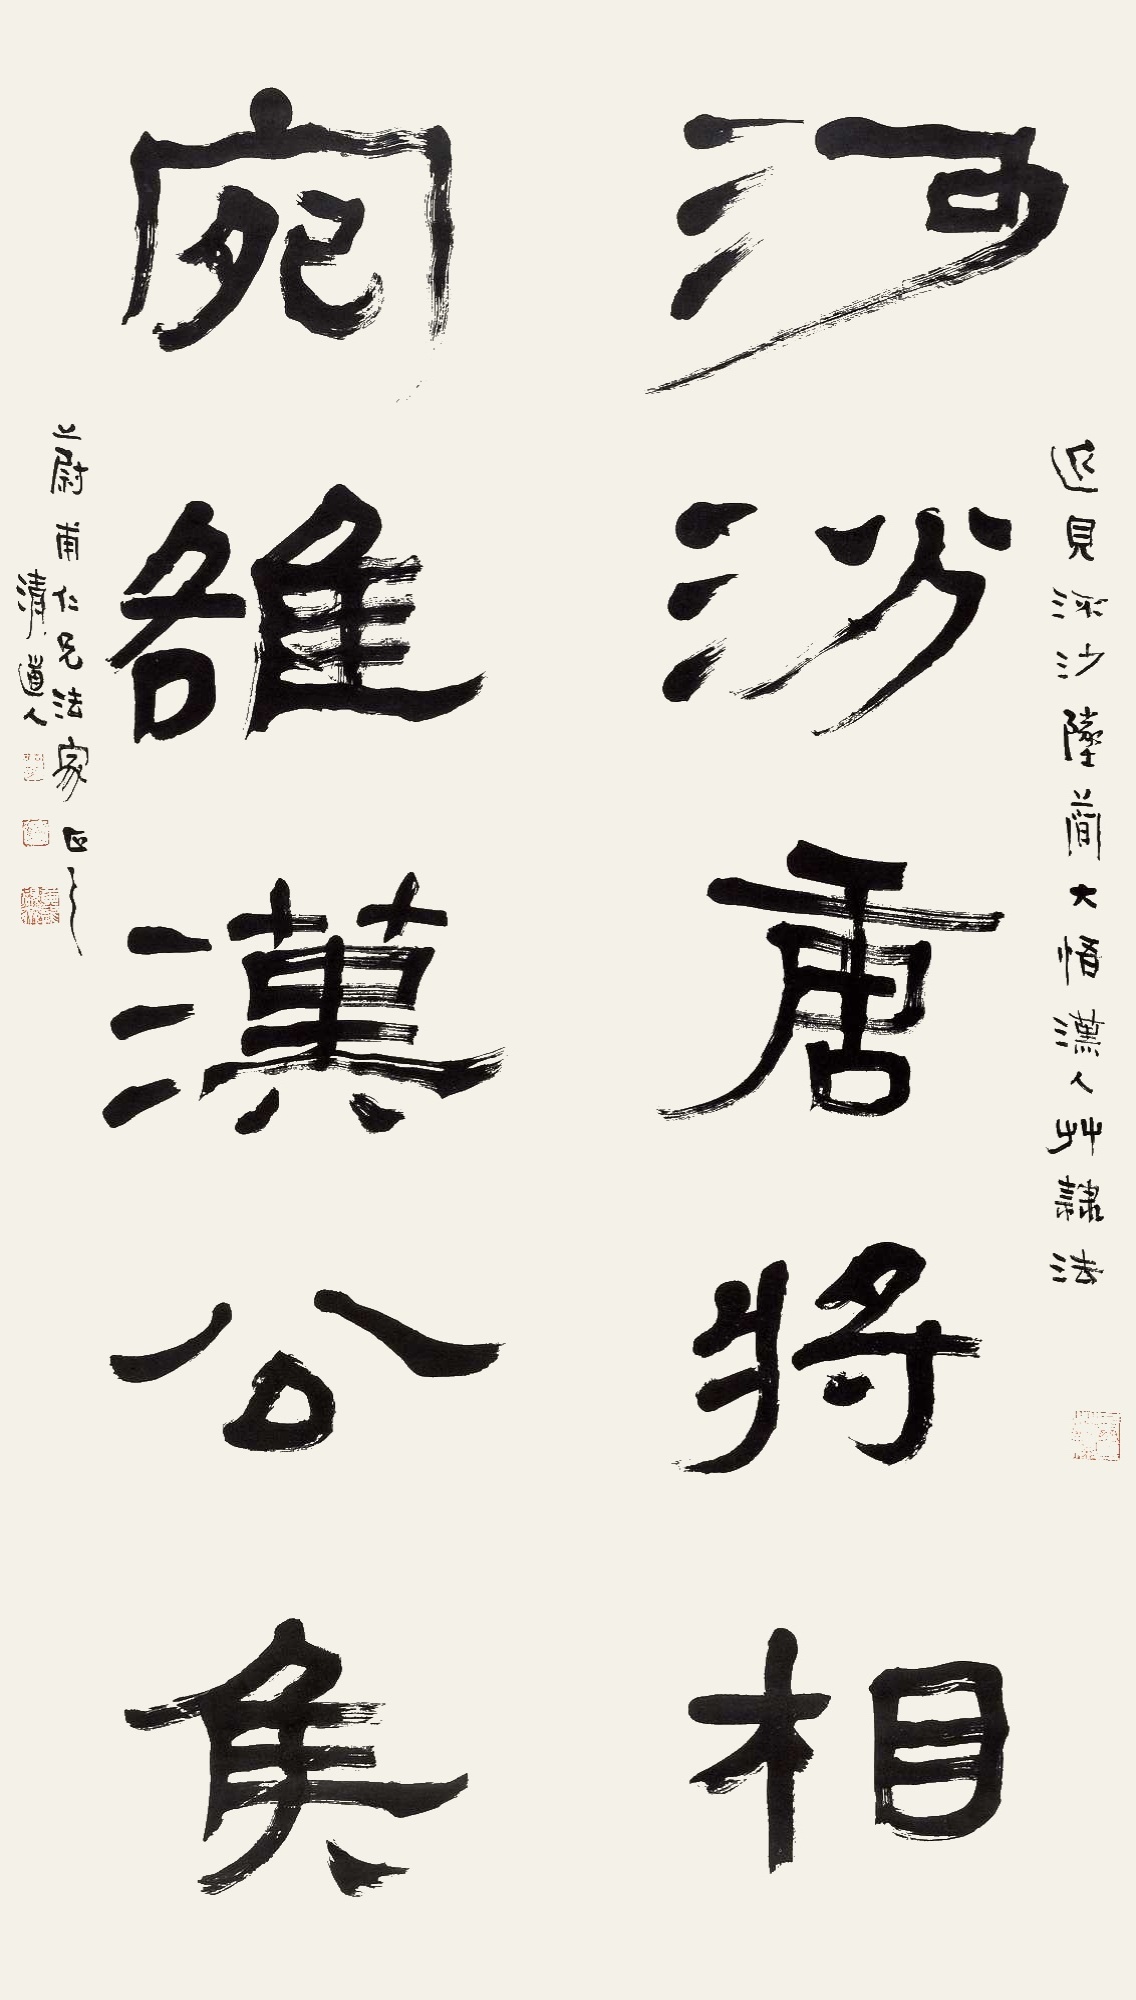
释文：河汾唐将相，宛雒汉公侯。近见流沙坠简，大悟汉人草隶法。蔚甫仁兄法家正之。清道人。